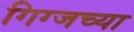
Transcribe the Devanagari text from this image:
गिग्जच्या